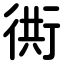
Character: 衖